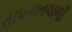
તાપમાનવાળી